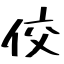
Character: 佼